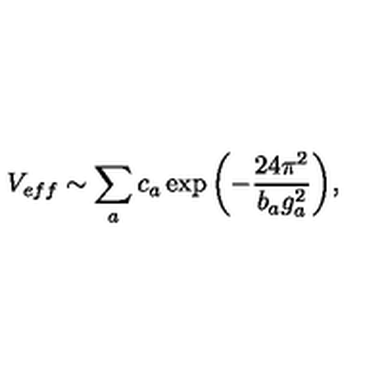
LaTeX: V _ { e f f } \sim \sum _ { a } c _ { a } \exp { \left( - \frac { 2 4 \pi ^ { 2 } } { b _ { a } g _ { a } ^ { 2 } } \right) } ,